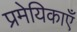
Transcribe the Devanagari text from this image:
प्रमेयिकाएँ